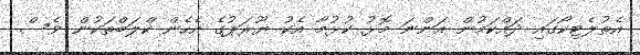
އެތުލެޓިކޯގައި ދައްކަމުން އަންނަ މޮޅު ކުޅުމާ އެކު ޔޫރަޕުގެ އެހެން ކްލަބްތަކުން ވެސް